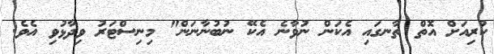
ކުރިއަށް އޮތް ތާނގައި އެކަން ނުވާނެ އެކޭ ނުބުނާނަން" މިނިސްޓަރު ވިދާޅުވި އެވެ.